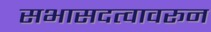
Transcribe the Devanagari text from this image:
सभासदत्वावरून